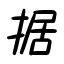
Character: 据